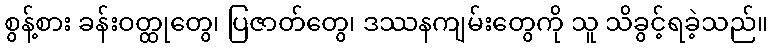
စွန့်စား ခန်းဝတ္ထုတွေ၊ ပြဇာတ်တွေ၊ ဒဿနကျမ်းတွေကို သူ သိခွင့်ရခဲ့သည်။